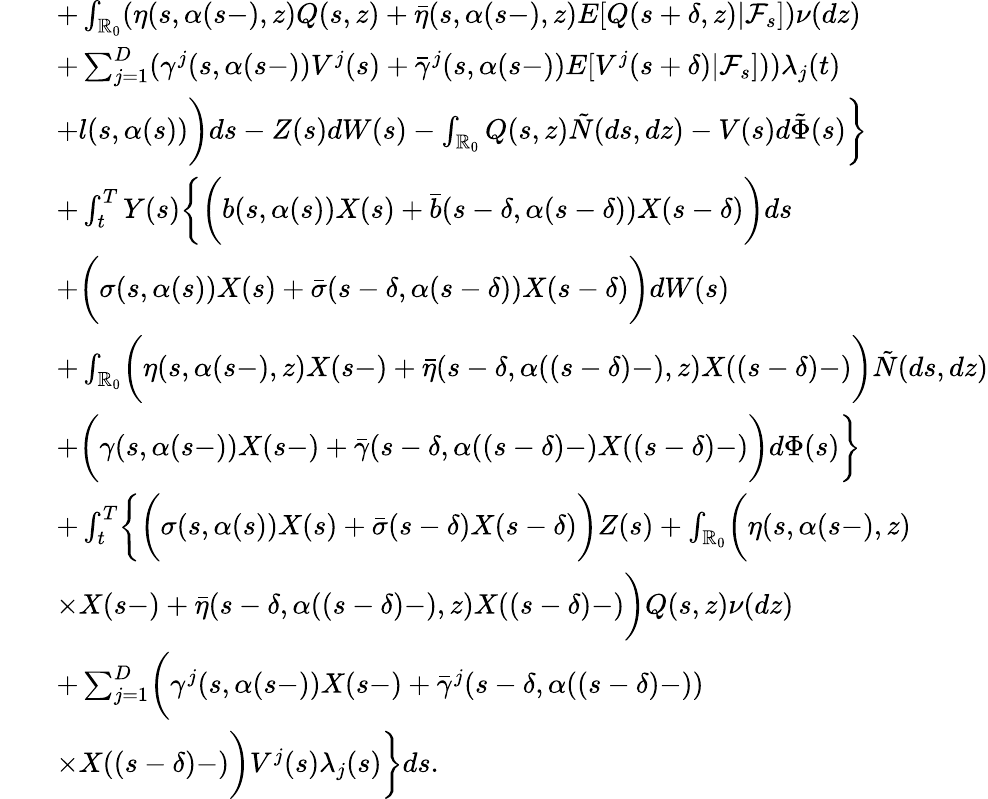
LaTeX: \begin{array}{rl}&{\quad+\int_{\mathbb{R}_{0}}(\eta(s,\alpha(s-),z)Q(s,z)+\bar{\eta}(s,\alpha(s-),z)E[Q(s+\delta,z)|\mathcal{F}_{s}])\nu(dz)}\\ &{\quad+\sum_{j=1}^{D}(\gamma^{j}(s,\alpha(s-))V^{j}(s)+\bar{\gamma}^{j}(s,\alpha(s-))E[V^{j}(s+\delta)|\mathcal{F}_{s}]))\lambda_{j}(t)}\\ &{\quad+l(s,\alpha(s))\biggr)ds-Z(s)dW(s)-\int_{\mathbb{R}_{0}}Q(s,z)\tilde{N}(ds,dz)-V(s)d\tilde{\Phi}(s)\biggr\} }\\ &{\quad+\int_{t}^{T}Y(s)\biggl\{ \biggl(b(s,\alpha(s))X(s)+\bar{b}(s-\delta,\alpha(s-\delta))X(s-\delta)\biggr)ds}\\ &{\quad+\biggl(\sigma(s,\alpha(s))X(s)+\bar{\sigma}(s-\delta,\alpha(s-\delta))X(s-\delta)\biggr)dW(s)}\\ &{\quad+\int_{\mathbb{R}_{0}}\biggl(\eta(s,\alpha(s-),z)X(s-)+\bar{\eta}(s-\delta,\alpha((s-\delta)-),z)X((s-\delta)-)\biggr)\tilde{N}(ds,dz)}\\ &{\quad+\biggl(\gamma(s,\alpha(s-))X(s-)+\bar{\gamma}(s-\delta,\alpha((s-\delta)-)X((s-\delta)-)\biggr)d\Phi(s)\biggr\} }\\ &{\quad+\int_{t}^{T}\biggl\{ \biggl(\sigma(s,\alpha(s))X(s)+\bar{\sigma}(s-\delta)X(s-\delta)\biggr)Z(s)+\int_{\mathbb{R}_{0}}\biggl(\eta(s,\alpha(s-),z)}\\ &{\quad\times X(s-)+\bar{\eta}(s-\delta,\alpha((s-\delta)-),z)X((s-\delta)-)\biggr)Q(s,z)\nu(dz)}\\ &{\quad+\sum_{j=1}^{D}\biggl(\gamma^{j}(s,\alpha(s-))X(s-)+\bar{\gamma}^{j}(s-\delta,\alpha((s-\delta)-))}\\ &{\quad\times X((s-\delta)-)\biggr)V^{j}(s)\lambda_{j}(s)\biggr\} ds.}\end{array}